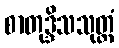
စာတုဒ္ဒိသသုတ္တံ